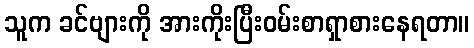
သူက ခင်ဗျားကို အားကိုးပြီးဝမ်းစာရှာစားနေရတာ။